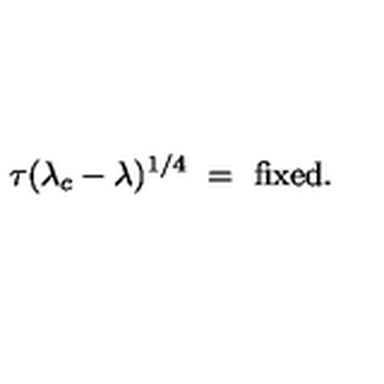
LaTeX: \tau ( \lambda _ { c } - \lambda ) ^ { 1 / 4 } \ = \ \mathrm { f i x e d } .